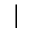
|